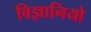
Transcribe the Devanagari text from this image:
विज्ञानियो